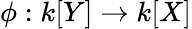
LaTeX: \phi:k[Y]\to k[X]